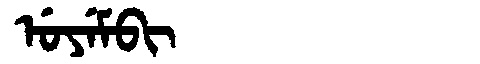
Manchu: ᡠᠶᡝᠮᠪᡳ
Romanization: UYEMBI